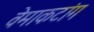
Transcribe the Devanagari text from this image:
वेमाकटांग